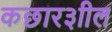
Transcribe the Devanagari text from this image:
कछार३ाील